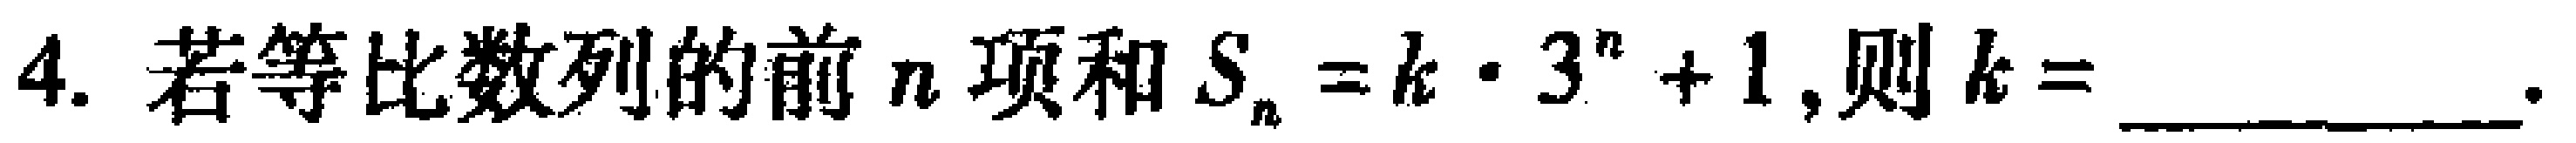
4. 若等比数列的前\(n\)项和\(S_{n}=k\cdot 3^{n}+1\)，则\(k = \_\_\_\_\_\)。